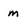
Character: m